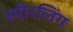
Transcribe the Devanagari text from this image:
स्पीरलिंग